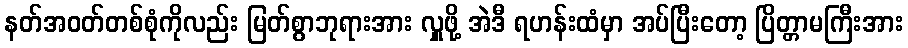
နတ်အဝတ်တစ်စုံကိုလည်း မြတ်စွာဘုရားအား လှူဖို့ အဲဒီ ရဟန်းထံမှာ အပ်ပြီးတော့ ပြိတ္တာမကြီးအား